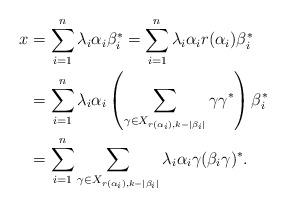
LaTeX: \begin{align*} x &= \sum_{i=1}^n \lambda_i \alpha_i \beta_i^* = \sum_{i=1}^n \lambda_i \alpha_i r(\alpha_i) \beta_i^* \\ &= \sum_{i=1}^n \lambda_i \alpha_i \left( \sum_{\gamma \in X_{r(\alpha_i),k-|\beta_i|}} \gamma \gamma^* \right) \beta_i^* \\ &= \sum_{i=1}^n \sum_{\gamma \in X_{r(\alpha_i),k-|\beta_i|}} \lambda_i \alpha_i \gamma (\beta_i \gamma)^*.\end{align*}